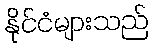
နိုင်ငံများသည်